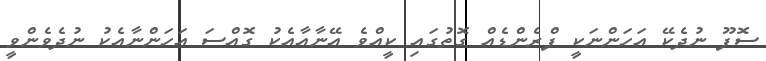
ސޮފޫ ނުދެކޭ އަހަންނަކީ ފްރެންޑެއް ގޮތުގައި ކީއްވެ އޭނާއާއެކު ގޮއްސަ އަހަންނާއެކު ނުދެވެންވީ